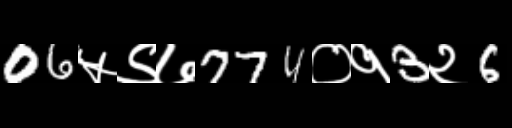
Text: 06५९७774०१3२6